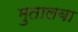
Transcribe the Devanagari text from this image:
मुतालबा